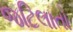
જટિલાતો